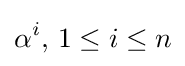
\alpha ^{i},\,1\leq i\leq n